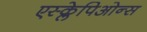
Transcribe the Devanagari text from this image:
एस्क्लेपिओन्स